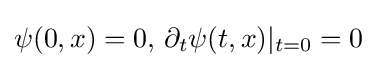
\psi (0,x)=0,\,\partial _{t}\psi (t,x)|_{t=0}=0